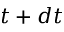
t + d t